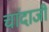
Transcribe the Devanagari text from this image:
चांदाजी